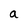
Character: a